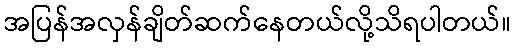
အပြန်အလှန်ချိတ်ဆက်နေတယ်လို့သိရပါတယ်။